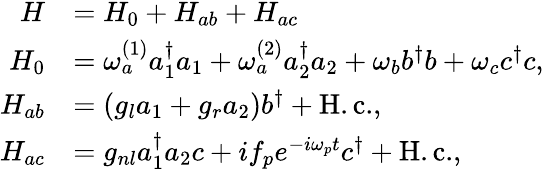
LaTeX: \begin{array}{rl}{H}&{=H_{0}+H_{ab}+H_{ac}}\\ {H_{0}}&{=\omega_{a}^{(1)}a_{1}^{\dagger}a_{1}+\omega_{a}^{(2)}a_{2}^{\dagger}a_{2}+\omega_{b}b^{\dagger}b+\omega_{c}c^{\dagger}c,}\\ {H_{ab}}&{=(g_{l}a_{1}+g_{r}a_{2})b^{\dagger}+\mathrm{H.c.},}\\ {H_{ac}}&{=g_{nl}a_{1}^{\dagger}a_{2}c+if_{p}e^{-i\omega_{p}t}c^{\dagger}+\mathrm{H.c.},}\end{array}